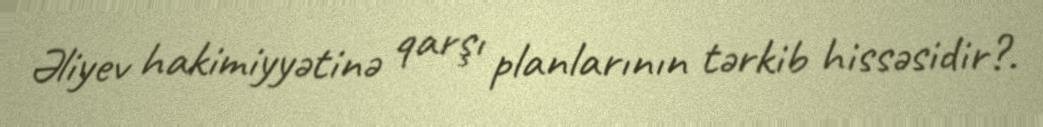
Əliyev hakimiyyətinə qarşı planlarının tərkib hissəsidir?.